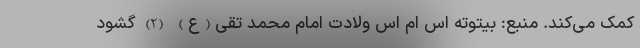
کمک می‌کند. منبع: بیتوته اس ام اس ولادت امام محمد تقی(ع) (2) گشود